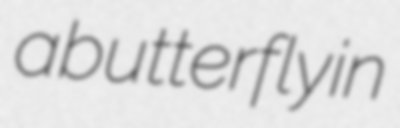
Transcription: a butterfly in